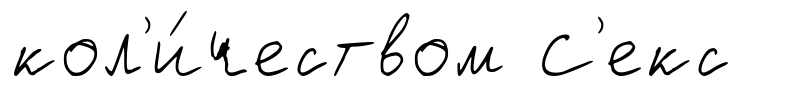
кол'и́чеством С'екс